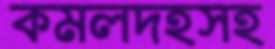
কমলদহসহ